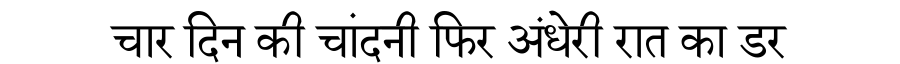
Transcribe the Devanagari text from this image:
चार दिन की चांदनी फिर अंधेरी रात का डर